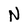
Character: N